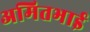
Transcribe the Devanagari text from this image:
अमितभाई